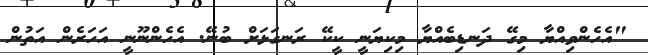
"އެހެންވިއްޔާ މިގޭ ދަނޑިބެއްޔާ މިކިޔަނީ ކީކޭ ރަނގަޅަށް ބުނޭ. އެހެންނޫނީ އަހަރެން އަތުން